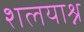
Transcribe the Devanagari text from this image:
शलयाश्न